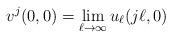
LaTeX: \begin{align*}v^j(0,0) = \lim_{\ell \to \infty} u_{\ell}(j\ell, 0)\end{align*}